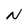
Character: N